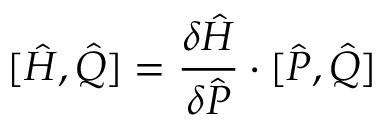
[ { \hat { H } } , { \hat { Q } } ] = { \frac { \delta { \hat { H } } } { \delta { \hat { P } } } } \cdot [ { \hat { P } } , { \hat { Q } } ]